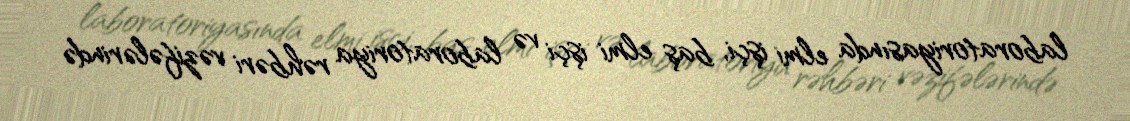
laboratoriyasında elmi işçi, baş elmi işçi və laboratoriya rəhbəri vəzifələrində